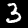
Digit: 3